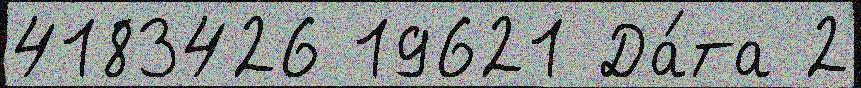
4183426 19621 Да́та 2